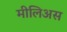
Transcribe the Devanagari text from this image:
मीलिअस